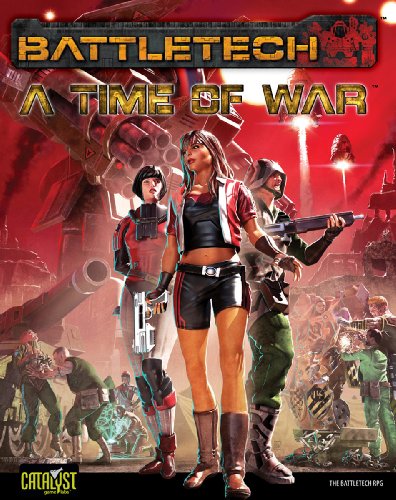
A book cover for Battletech Time of War; Catalyst Games Labs; Science Fiction & Fantasy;